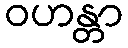
ဝဟန္တာ